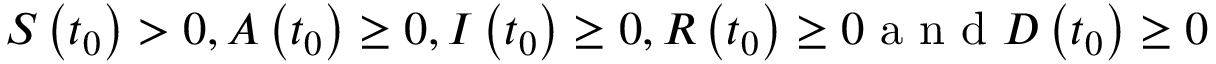
S \left( t _ { 0 } \right) > 0 , A \left( t _ { 0 } \right) \geq 0 , I \left( t _ { 0 } \right) \geq 0 , R \left( t _ { 0 } \right) \geq 0 \mathrm { ~ a ~ n ~ d ~ } D \left( t _ { 0 } \right) \geq 0